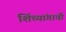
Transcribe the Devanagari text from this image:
शिंच्यांगाची